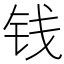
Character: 钱